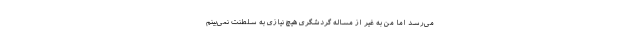
می‌رسد اما من به غیر از مساله گردشگری هیچ نیازی به سلطنت نمی‌بینم